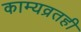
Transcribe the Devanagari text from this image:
काम्यव्रतही